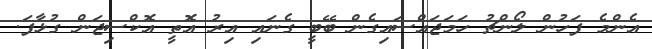
އެންމެ ފަހުން ލޯންޗު ހަމަޖައްސައިގެން ބޭބީ ގެނައި އިރު އޮތީ އޮކްސިޖަން ގުޅާފަ.